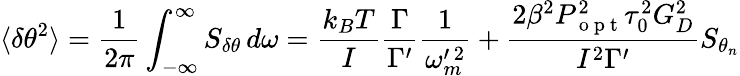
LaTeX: \langle\delta\theta^{2}\rangle=\frac{1}{2\pi}\int_{-\infty}^{\infty}S_{\delta\theta}\, d\omega=\frac{k_{B}T}{I}\frac{\Gamma}{\Gamma^{\prime}}\frac{1}{\omega_{m}^{\prime\, 2}}+\frac{2\beta^{2}P_{\mathrm{~o~p~t~}}^{2}\tau_{0}^{2}G_{D}^{2}}{I^{2}\Gamma^{\prime}}S_{\theta_{n}}